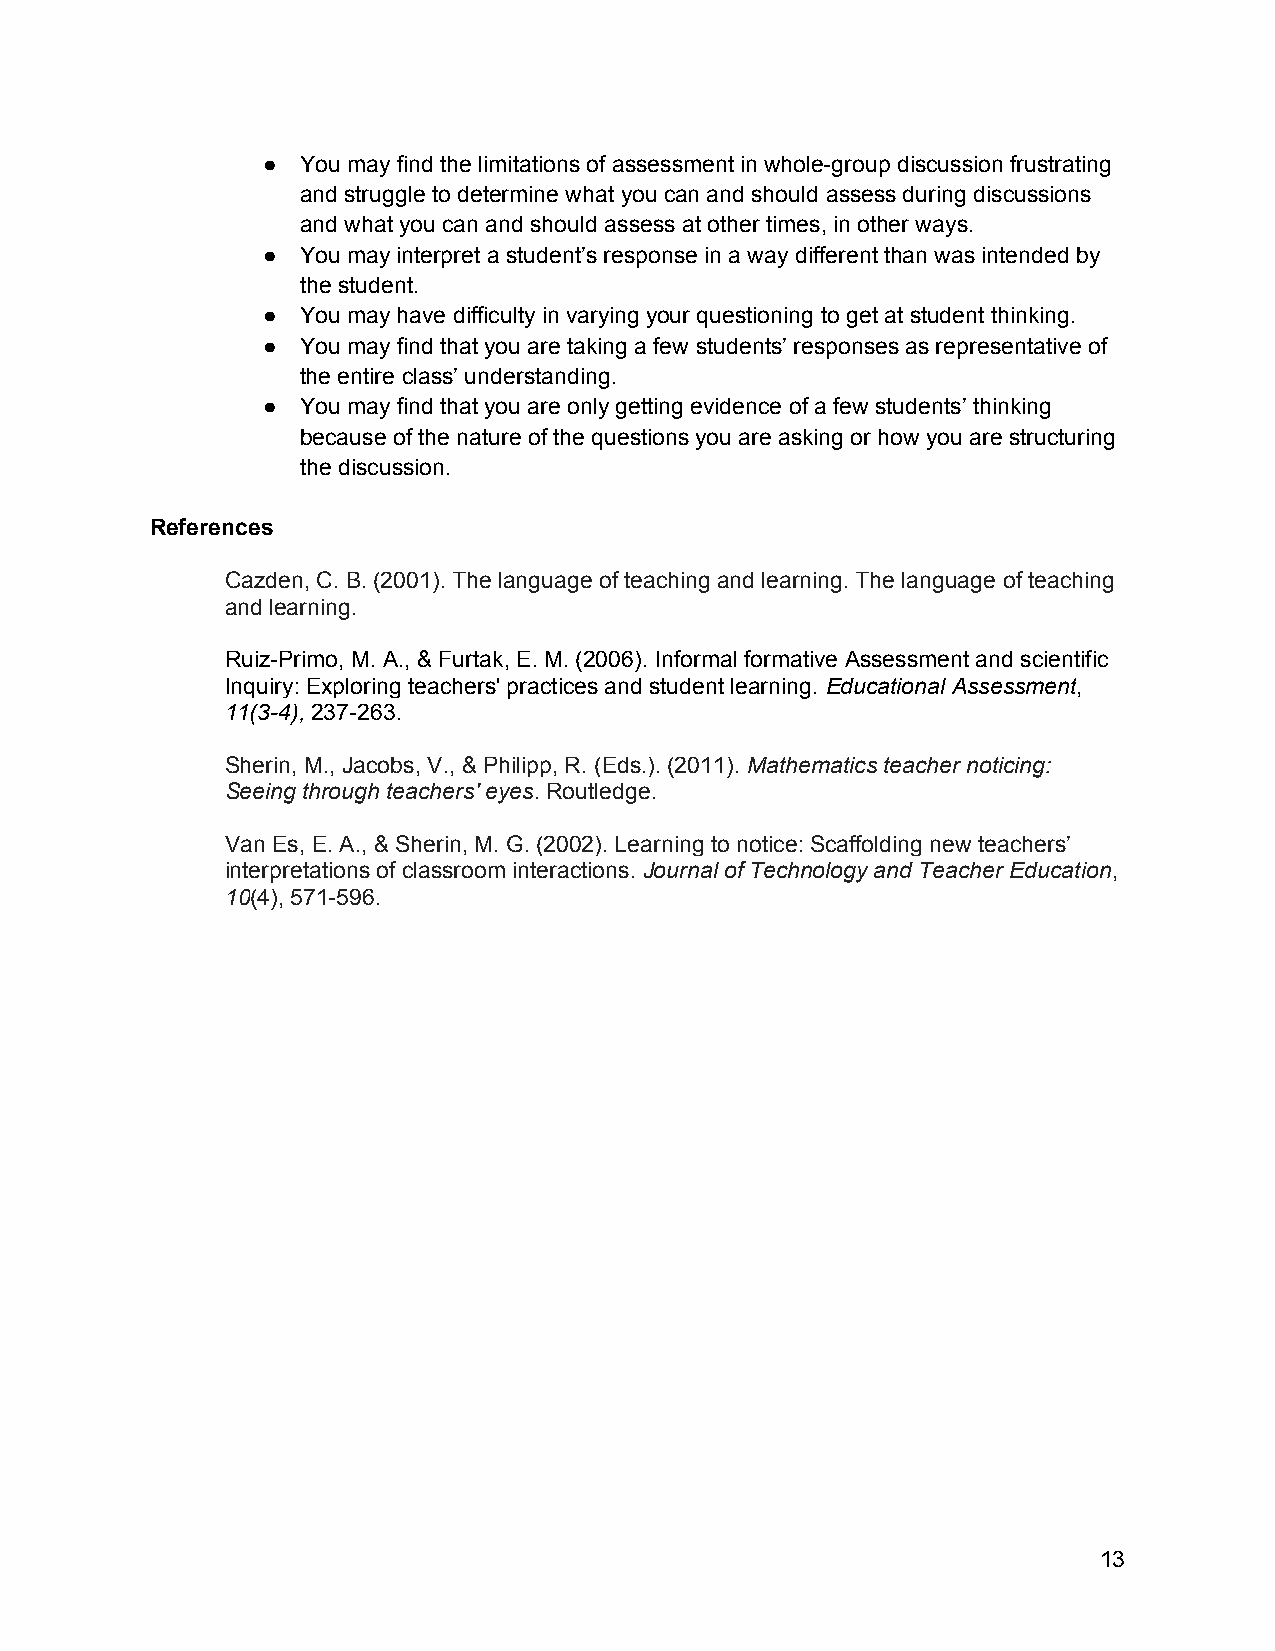
●  You may find the limitations of assessment in whole­group discussion frustrating
 and struggle to determine what you can and should assess during discussions
 and what you can and should assess at other times, in other ways.
 ●  You may interpret a student’s response in a way different than was intended by
 the student.
 ●  You may have difficulty in varying your questioning to get at student thinking.
 ●  You may find that you are taking a few students’ responses as representative of
 the entire class’ understanding.
 ●  You may find that you are only getting evidence of a few students’ thinking
 because of the nature of the questions you are asking or how you are structuring
 the discussion.
 References
 Cazden, C. B. (2001). The language of teaching and learning. The language of teaching
 and learning.
 Ruiz­Primo, M. A., & Furtak, E. M. (2006). Informal formative Assessment and scientific
 Inquiry: Exploring teachers' practices and student learning. Educational Assessment,
 11(3­4), 237­263.
 Sherin, M., Jacobs, V., & Philipp, R. (Eds.). (2011). Mathematics teacher noticing:
 Seeing through teachers' eyes. Routledge.
 Van Es, E. A., & Sherin, M. G. (2002). Learning to notice: Scaffolding new teachers’
 interpretations of classroom interactions. Journal of Technology and Teacher Education,
 10(4), 571­596.
 13